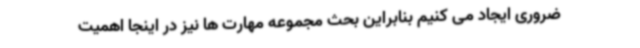
ضروری ایجاد می کنیم بنابراین بحث مجموعه مهارت ها نیز در اینجا اهمیت